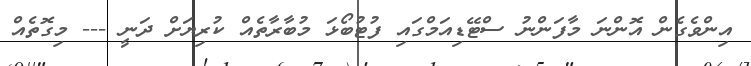
އިންވެގެން އޮންނަ މާފަންނު ސްޓޭޑިއަމްގައި ފުޓުބޯޅަ މުބާރާތެއް ކުރިޔަށް ދަނީ --- މިގޮތެއް